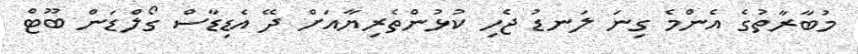
މުބާރާތުގެ އެންމެ ގިނަ ލަނޑު ޖެހި ކުޅުންތެރިޔާއަށް ދޭ އެޑިޑާސް ގޯލްޑަން ބޫޓް